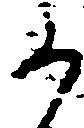
か